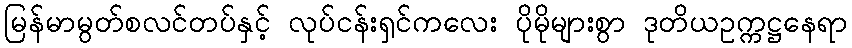
မြန်မာမွတ်စလင်တပ်နှင့် လုပ်ငန်းရှင်ကလေး ပိုမိုများစွာ ဒုတိယဥက္ကဋ္ဌနေရာ